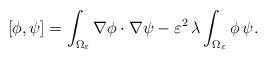
LaTeX: \begin{align*}[\phi,\psi]=\int_{\Omega_\varepsilon}\nabla \phi \cdot\nabla \psi-\varepsilon^2\,\lambda \int_{\Omega_\varepsilon}\phi \,\psi.\end{align*}